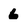
Character: 6